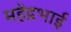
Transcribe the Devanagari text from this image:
महेंद्रभाई